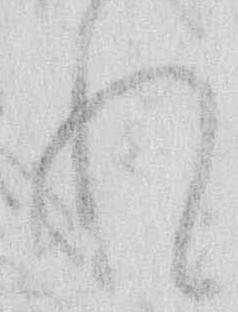
れ